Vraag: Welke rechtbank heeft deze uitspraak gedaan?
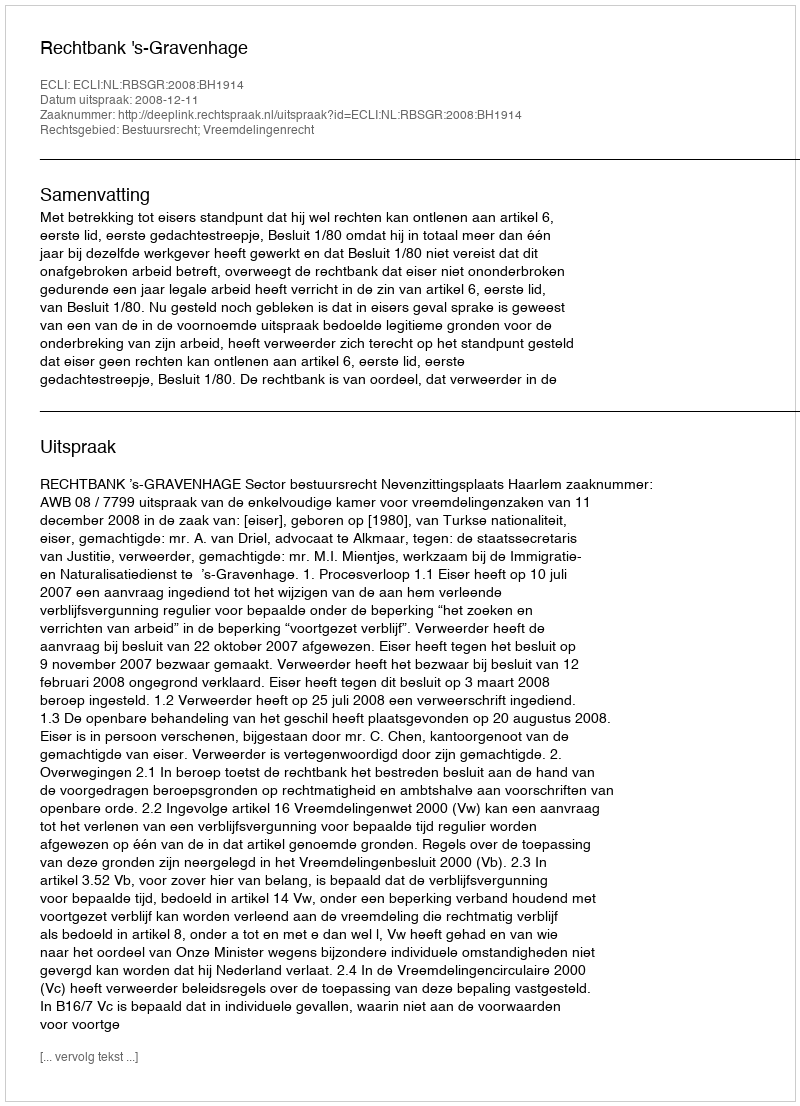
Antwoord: Rechtbank 's-Gravenhage